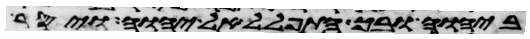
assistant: ביהוה ובך התפלל אל יהוה ויסר